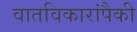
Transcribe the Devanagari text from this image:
वातविकारांपैकी